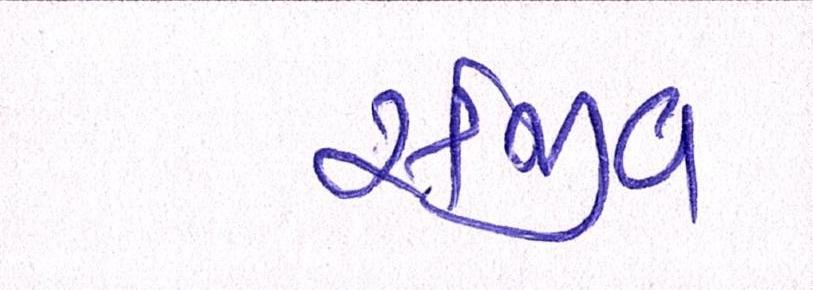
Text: સંજીવ